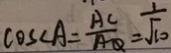
\cos \angle A = \frac { A C } { A Q } = \frac { 1 } { \sqrt { 1 0 } }